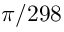
\pi / 2 9 8